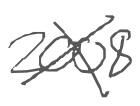
Text: 2008
Cross-out: cross
Writing tool: digital_gray